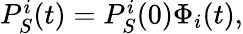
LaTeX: \begin{array}{r}{P_{S}^{i}(t)=P_{S}^{i}(0)\Phi_{i}(t),}\end{array}